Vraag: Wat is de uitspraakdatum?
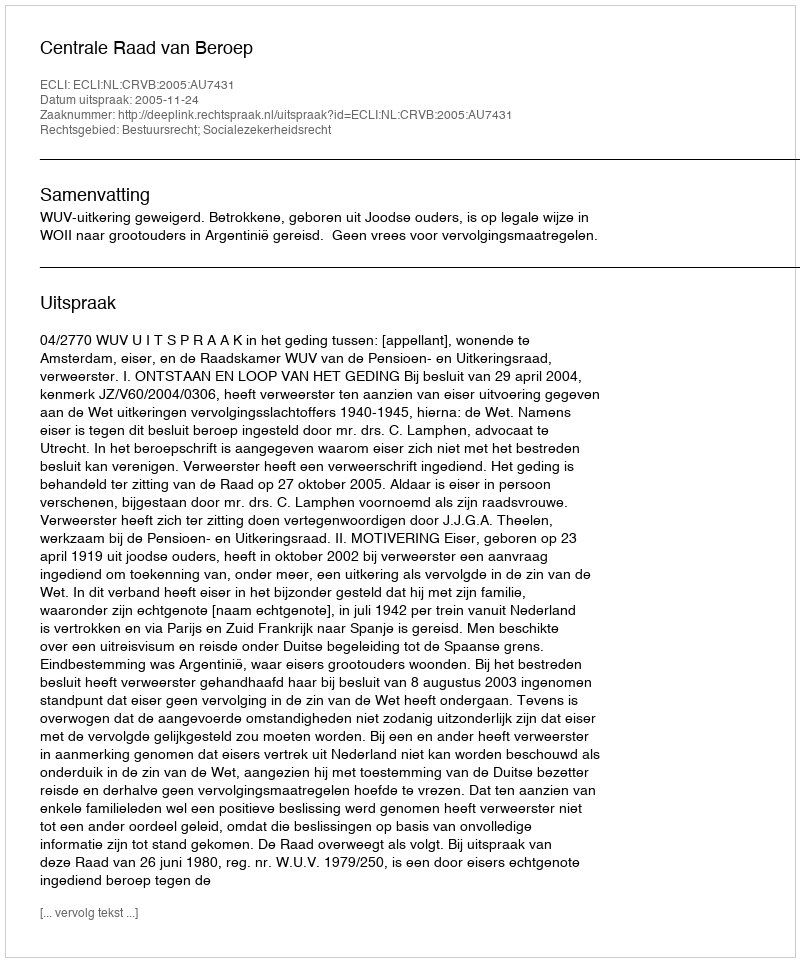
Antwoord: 2005-11-24